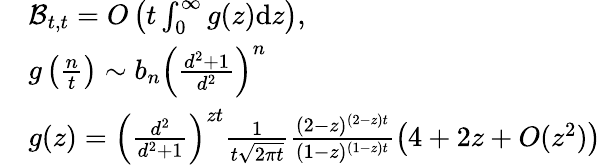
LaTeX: \begin{array}{rl}&{\mathcal{B}_{t,t}=O\left(t\int_{0}^{\infty}g(z)\mathrm{d}z\right),}\\ &{g\left(\frac{n}{t}\right)\sim b_{n}\left(\frac{d^{2}+1}{d^{2}}\right)^{n}}\\ &{g(z)=\left(\frac{d^{2}}{d^{2}+1}\right)^{zt}\frac{1}{t\sqrt{2\pi t}}\frac{(2-z)^{(2-z)t}}{(1-z)^{(1-z)t}}\left(4+2z+O(z^{2})\right)}\end{array}